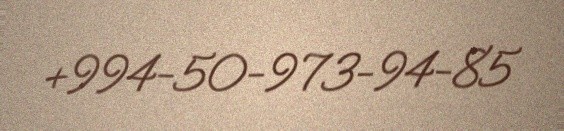
+994-50-973-94-85